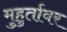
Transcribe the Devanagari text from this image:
मुहुर्तावर